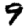
Digit: 9